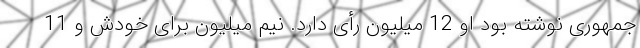
جمهوری نوشته بود او 12 میلیون رأی دارد. نیم میلیون برای خودش و 11